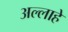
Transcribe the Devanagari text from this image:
अल्लाहे